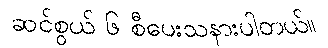
ဆင်စွယ် ၆ စီပေးသနားပါတယ်။